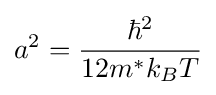
a^{2}={\frac {\hbar ^{2}}{12m^{*}k_{B}T}}